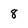
Character: 8